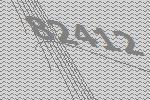
82412